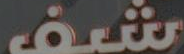
شف